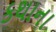
કથાના